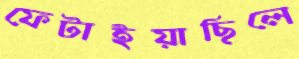
ফেটাইয়াছিলে